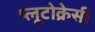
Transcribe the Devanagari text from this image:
प्लूटोक्रेसी